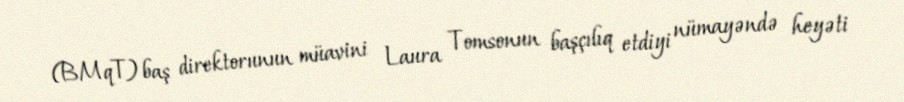
(BMqT) baş direktorunun müavini Laura Tomsonun başçılıq etdiyi nümayəndə heyəti